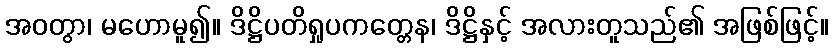
အဝတွာ၊ မဟောမူ၍။ ဒိဋ္ဌိပတိရှုပကတ္တေန၊ ဒိဋ္ဌိနှင့် အလားတူသည်၏ အဖြစ်ဖြင့်။